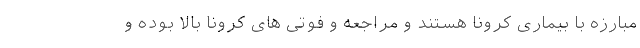
مبارزه با بیماری کرونا هستند و مراجعه و فوتی های کرونا بالا بوده و